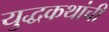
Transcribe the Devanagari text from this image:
युद्धकथांची